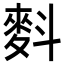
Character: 𪌉